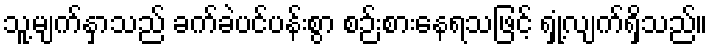
သူ့မျက်နှာသည် ခက်ခဲပင်ပန်းစွာ စဉ်းစားနေရသဖြင့် ရှုံ့လျက်ရှိသည်။